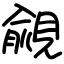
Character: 覦